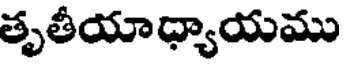
తృతీయాధ్యాయము